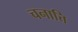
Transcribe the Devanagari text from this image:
चनात्ति